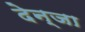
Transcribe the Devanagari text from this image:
देन्जा